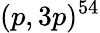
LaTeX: (p,3p)^{54}